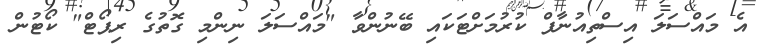
އެ މައްސަލަ އިސްތިއުނާފް ކުރުމަށްޓަކައި ބޭނުންވާ "މައްސަލަ ނިންމި ގޮތުގެ ރިޕޯޓް" ކޯޓުން